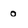
Character: o